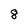
Character: 8